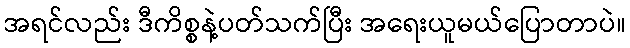
အရင်လည်း ဒီကိစ္စနဲ့ပတ်သက်ပြီး အရေးယူမယ်ပြောတာပဲ။